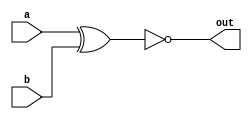
module top_module(input a, b, output out);

    assign out = ~(a^b);

    /*
        Second Way:
            assign out = a ~^ b;

        Third Way:
            assign out = a ^~ b;

        Fourth Way:
            xnor(out, a, b);
    */

endmodule
/*
    ^ is represented XOR
*/